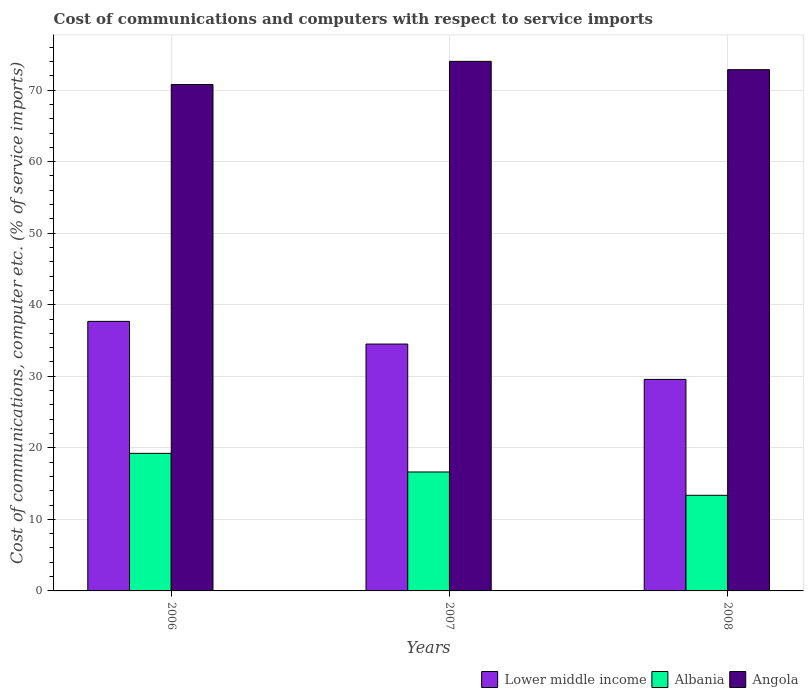
| Years | Lower middle income | Albania | Angola |
 | --- | --- | --- | --- |
 | 2006 | 37.7 | 19.2 | 70.8 |
 | 2007 | 34.5 | 16.6 | 74 |
 | 2008 | 29.6 | 13.4 | 72.9 |